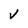
Character: V